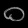
Digit: ၀